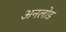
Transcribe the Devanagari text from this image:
अनलोड